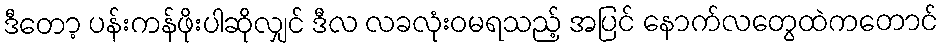
ဒီတော့ ပန်းကန်ဖိုးပါဆိုလျှင် ဒီလ လခလုံးဝမရသည့် အပြင် နောက်လတွေထဲကတောင်